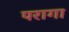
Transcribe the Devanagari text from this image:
परागा